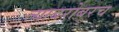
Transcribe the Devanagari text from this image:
त्‍याबरोबरच